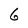
Character: 6